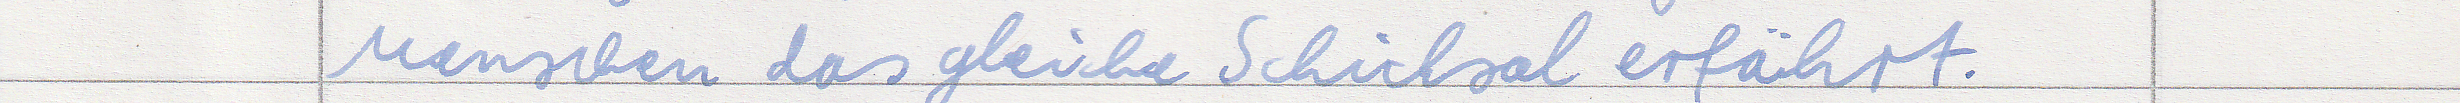
Menschen das gleiche Schicksal erfährt.